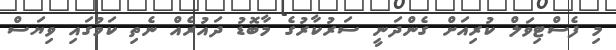
މި ފެސްޓިވަލް ކުރިއަށް ގެންދަނީ ސަރުކާރުގެ މާބޮޑު ދައުރެއް ނެތި ކަމުގައި ވިޔަސް